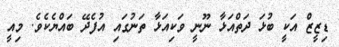
ޑިޒީޒް އަކީ ބުޅަ ދަތްއަޅާ ނޫނީ ވަކިއަޅާ ތަނުގައި އުފެދޭ ބައްޔެކެވެ. މިއީ